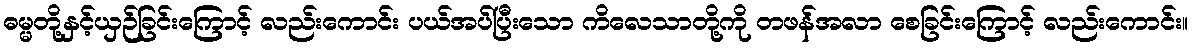
ဓမ္မတို့နှင့်ယှဉ်ခြင်းကြောင့် လည်းကောင်း ပယ်အပ်ပြီးသော ကိလေသာတို့ကို တဖန်အလာ စေခြင်းကြောင့် လည်းကောင်း။